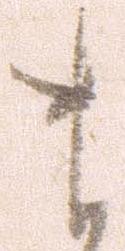
ま